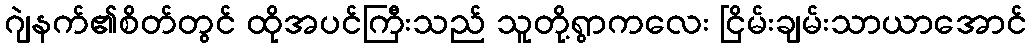
ဂျဲနက်၏စိတ်တွင် ထိုအပင်ကြီးသည် သူတို့ရွာကလေး ငြိမ်းချမ်းသာယာအောင်